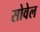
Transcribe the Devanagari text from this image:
सोवेल